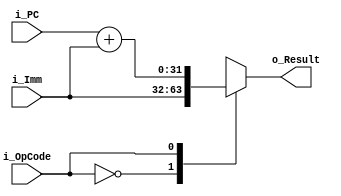
`timescale 1ns / 1ps

module LoadUpper(
    input i_OpCode,

    input [31:0]i_PC,
    input [31:0]i_Imm,

    output reg [31:0]o_Result
    );

    //The various LoadUpper operations
    parameter LU_LUI    = 1'd0;
    parameter LU_AUIPC  = 1'd1;
    
    initial begin
        o_Result <= 0;    
    end

    always @(*) begin
        
        case (i_OpCode)
            LU_LUI:begin
                o_Result <= i_Imm;
            end
            LU_AUIPC:begin
                o_Result <= i_PC + i_Imm;
            end  
            default:begin
                o_Result <= 32'b0;
            end  
        endcase
    end

endmodule